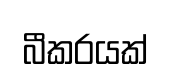
බීකරයක්